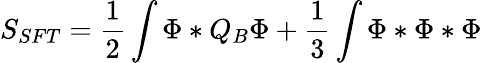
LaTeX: S_{SFT}=\frac 12\int\Phi*Q_{B}\Phi+\frac 13\int\Phi*\Phi*\Phi